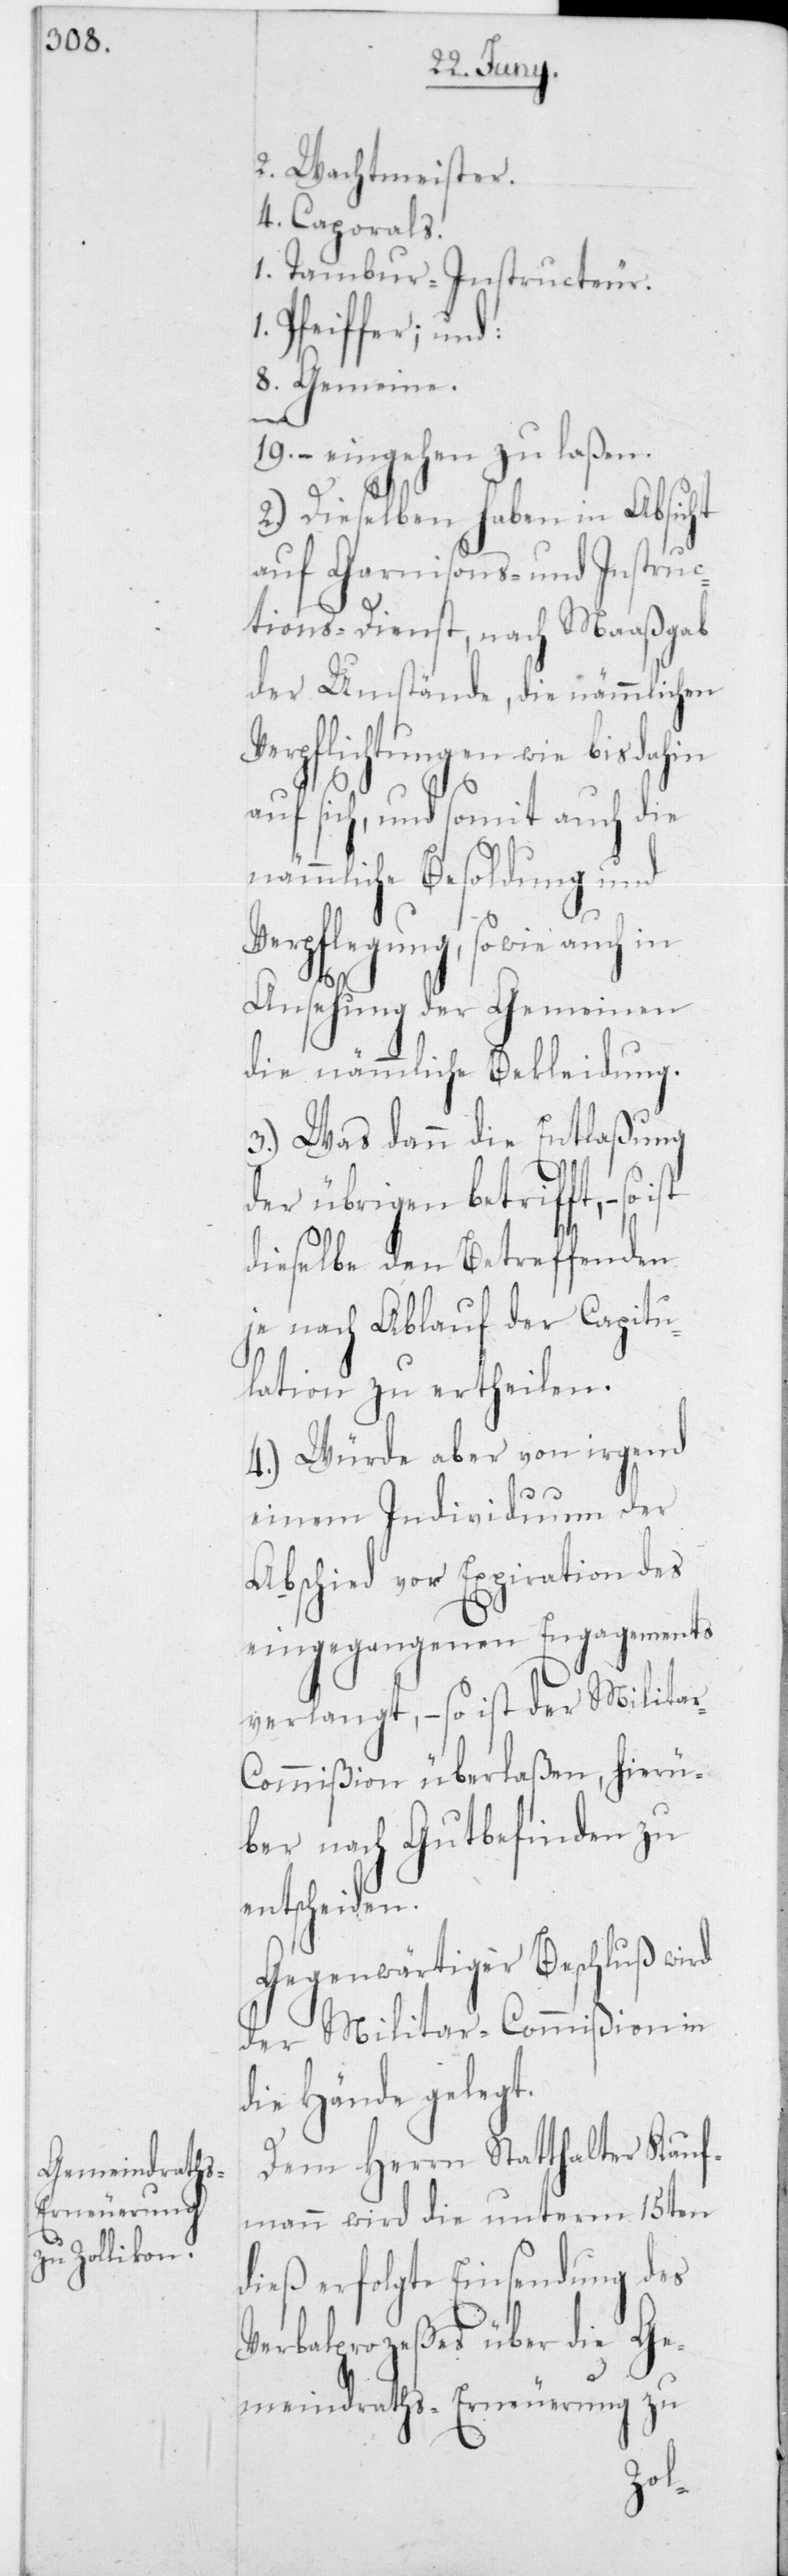
2 Wachtmeister.
4 Caporals.
1 Tambour-Instructeur.
1 Pfeiffer; und:
8 Gemeine.
– eingehen zu laßen.
2.) Dieselben haben in Absicht
auf Garnisons- und Instruc¬
tions-Dienst, nach Maaßgab
der Umstände, die nämmlichen
Verpflichtungen wie bis dahin
auf sich, und somit auch die
nämmliche Besoldung und
Verpflegung, sowie auch in
Ansehung der Gemeinen
die nämmliche Bekleidung.
3.) Was dann die Entlaßung
der übrigen betrifft, – so
dieselbe den Betreffenden
je nach Ablauf der Capitu¬
lation zu ertheilen.
4.) Würde aber von irgend
einem Individuum der
Abschied vor Expiration des
eingegangenen Engagements
verlangt, – so ist der Milita¬
ommißion überlaßen, hierü¬
ber nach Gutbefinden zu
entscheiden.
Gegenwärtiger Beschluß wird
der Militar-Commißion in
die Hände gelegt.
Dem Herrn Statthalter Kauf¬
mann wird die unterm 15ten
dieß erfolgte Einsendung des
Verbalprozeßes über die Ge¬
meindraths-Erneuerung zu
r-C¬